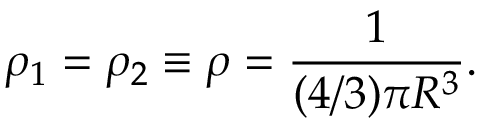
\rho _ { 1 } = \rho _ { 2 } \equiv \rho = \frac { 1 } { ( 4 / 3 ) \pi R ^ { 3 } } .